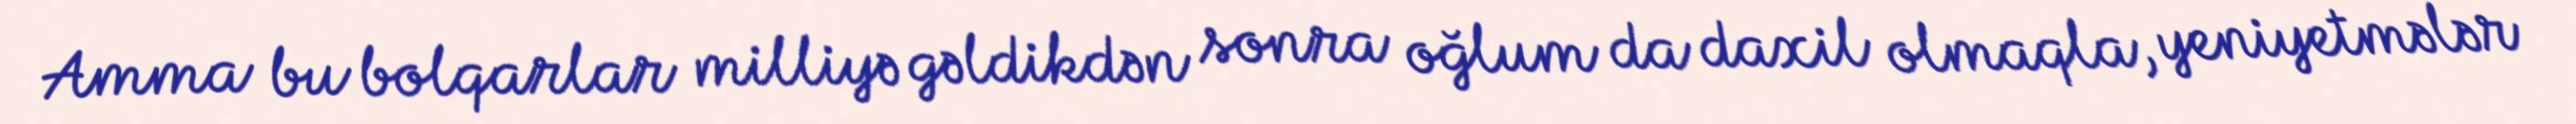
Amma bu bolqarlar milliyə gəldikdən sonra oğlum da daxil olmaqla, yeniyetmələr